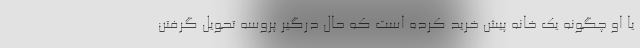
یا او چگونه یک خانه پیش خرید کرده است که حال درگیر پروسه تحویل گرفتن